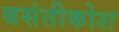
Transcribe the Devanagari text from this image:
बसंतीकोश